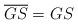
LaTeX: \begin{align*}\overline{GS}=GS\end{align*}